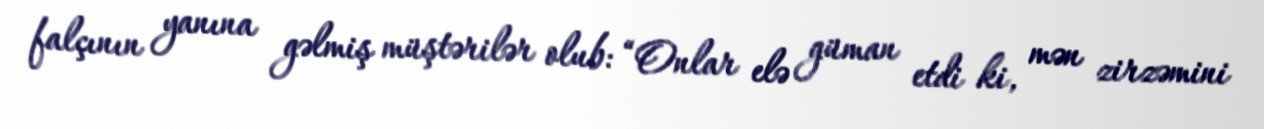
falçının yanına gəlmiş müştərilər olub: “Onlar elə güman etdi ki, mən zirzəmini